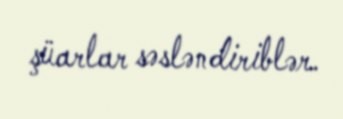
şüarlar səsləndiriblər.